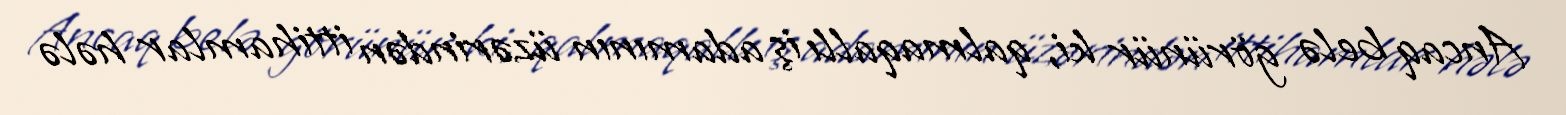
Ancaq belə görünür ki, qalmaqallı iş adamının üzərindən ittihamlar hələ